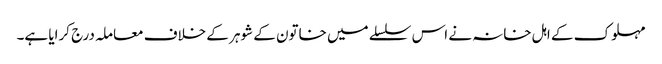
مہلوک کے اہل خانہ نے اس سلسلے میں خاتون کے شوہر کے خلاف معاملہ درج کرایا ہے۔